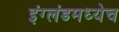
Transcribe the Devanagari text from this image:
इंग्लंडमध्येच